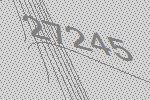
27245